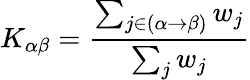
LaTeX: K_{\alpha\beta}=\frac{\sum_{j\in(\alpha\rightarrow\beta)}w_{j}}{\sum_{j}w_{j}}